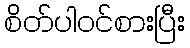
စိတ်ပါဝင်စားပြီး